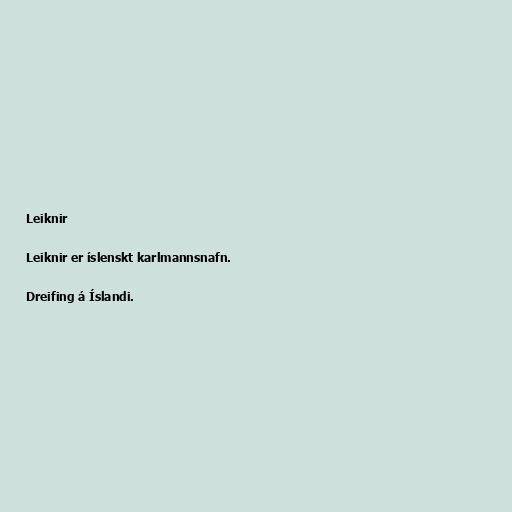
Leiknir

Leiknir er íslenskt karlmannsnafn.

Dreifing á Íslandi.